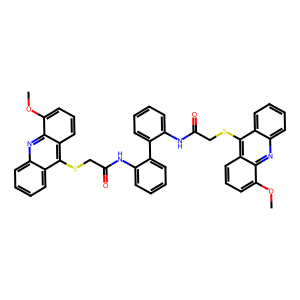
SMILES: COc1cccc2c(SCC(=O)Nc3ccccc3-c3ccccc3NC(=O)CSc3c4ccccc4nc4c(OC)cccc34)c3ccccc3nc12
Inhibits HIV replication: No